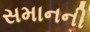
સમાનની